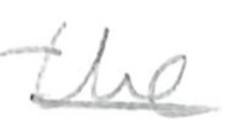
Text: the
Cross-out: single-line
Writing tool: pencil